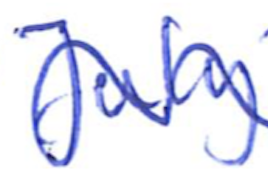
Text: July
Cross-out: wave
Writing tool: ballpoint